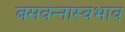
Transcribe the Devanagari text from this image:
बसवन्नास्वभाव